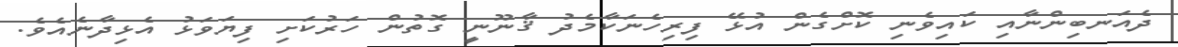
ދެއަނބިންނާއި ކައިވެނި ކޮށްގެން އުޅޭ ފިރިހެނަކާމެދު ޤާނޫނީ ގޮތުން ހަރުކަށި ފިޔަވަޅު އެޅިދާނެއެވެ.